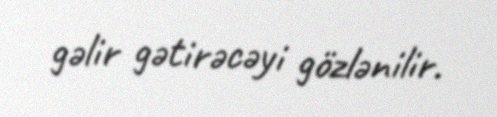
gəlir gətirəcəyi gözlənilir.